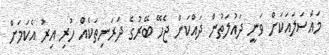
މައްސަލައަކަށް ވަނީ ދައުލަތުން ދައްކަން ޖެހޭ ބޭރުގެ ދަރަނިތަކެއް ހުރި އިރު އެކަމަށް